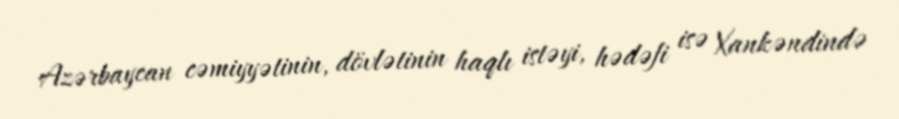
Azərbaycan cəmiyyətinin, dövlətinin haqlı istəyi, hədəfi isə Xankəndində